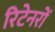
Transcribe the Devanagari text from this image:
रिटेनरों